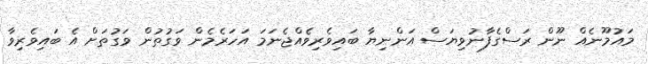
މައުމޫނެއް ނޫން ރަސްގެފާނުވިޔަސް އަންނިޔާ ބައިވެރިވެއްޖެނަމަ އަހަރެމެން ވަގުތުން ވަގުތަށް އެ ބައިވެރިވާ